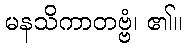
မနသိကာတဗ္ဗံ၊ ၏။